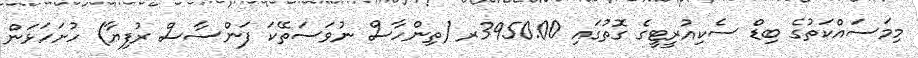
މިމަސައްކަތުގެ ބިޑް ސެކިއުރީޓީގެ ގޮތުގައި 3950.00ރ (ތިންހާސް ނުވަސަތޭކަ ފަންސާސް ރުފިޔާ) ހުށަހަޅަން